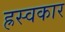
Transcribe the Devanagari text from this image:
ह्रस्वकार